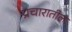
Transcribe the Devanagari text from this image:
प्रचारातील